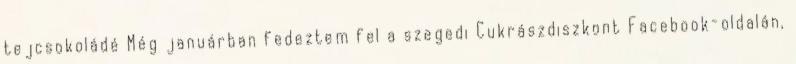
tejcsokoládé Még januárban fedeztem fel a szegedi Cukrászdiszkont Facebook-oldalán,